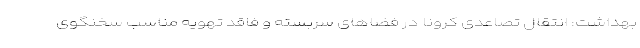
بهداشت: انتقال تصاعدی کرونا در فضاهای سربسته و فاقد تهویه مناسب سخنگوی